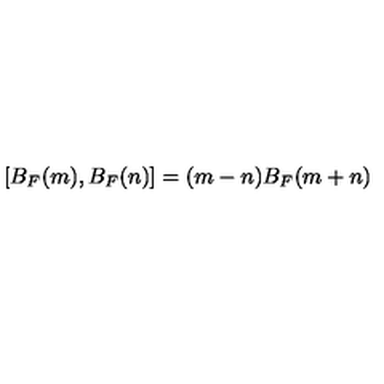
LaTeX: [ B _ { F } ( m ) , B _ { F } ( n ) ] = ( m - n ) B _ { F } ( m + n )